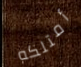
أمتلكه